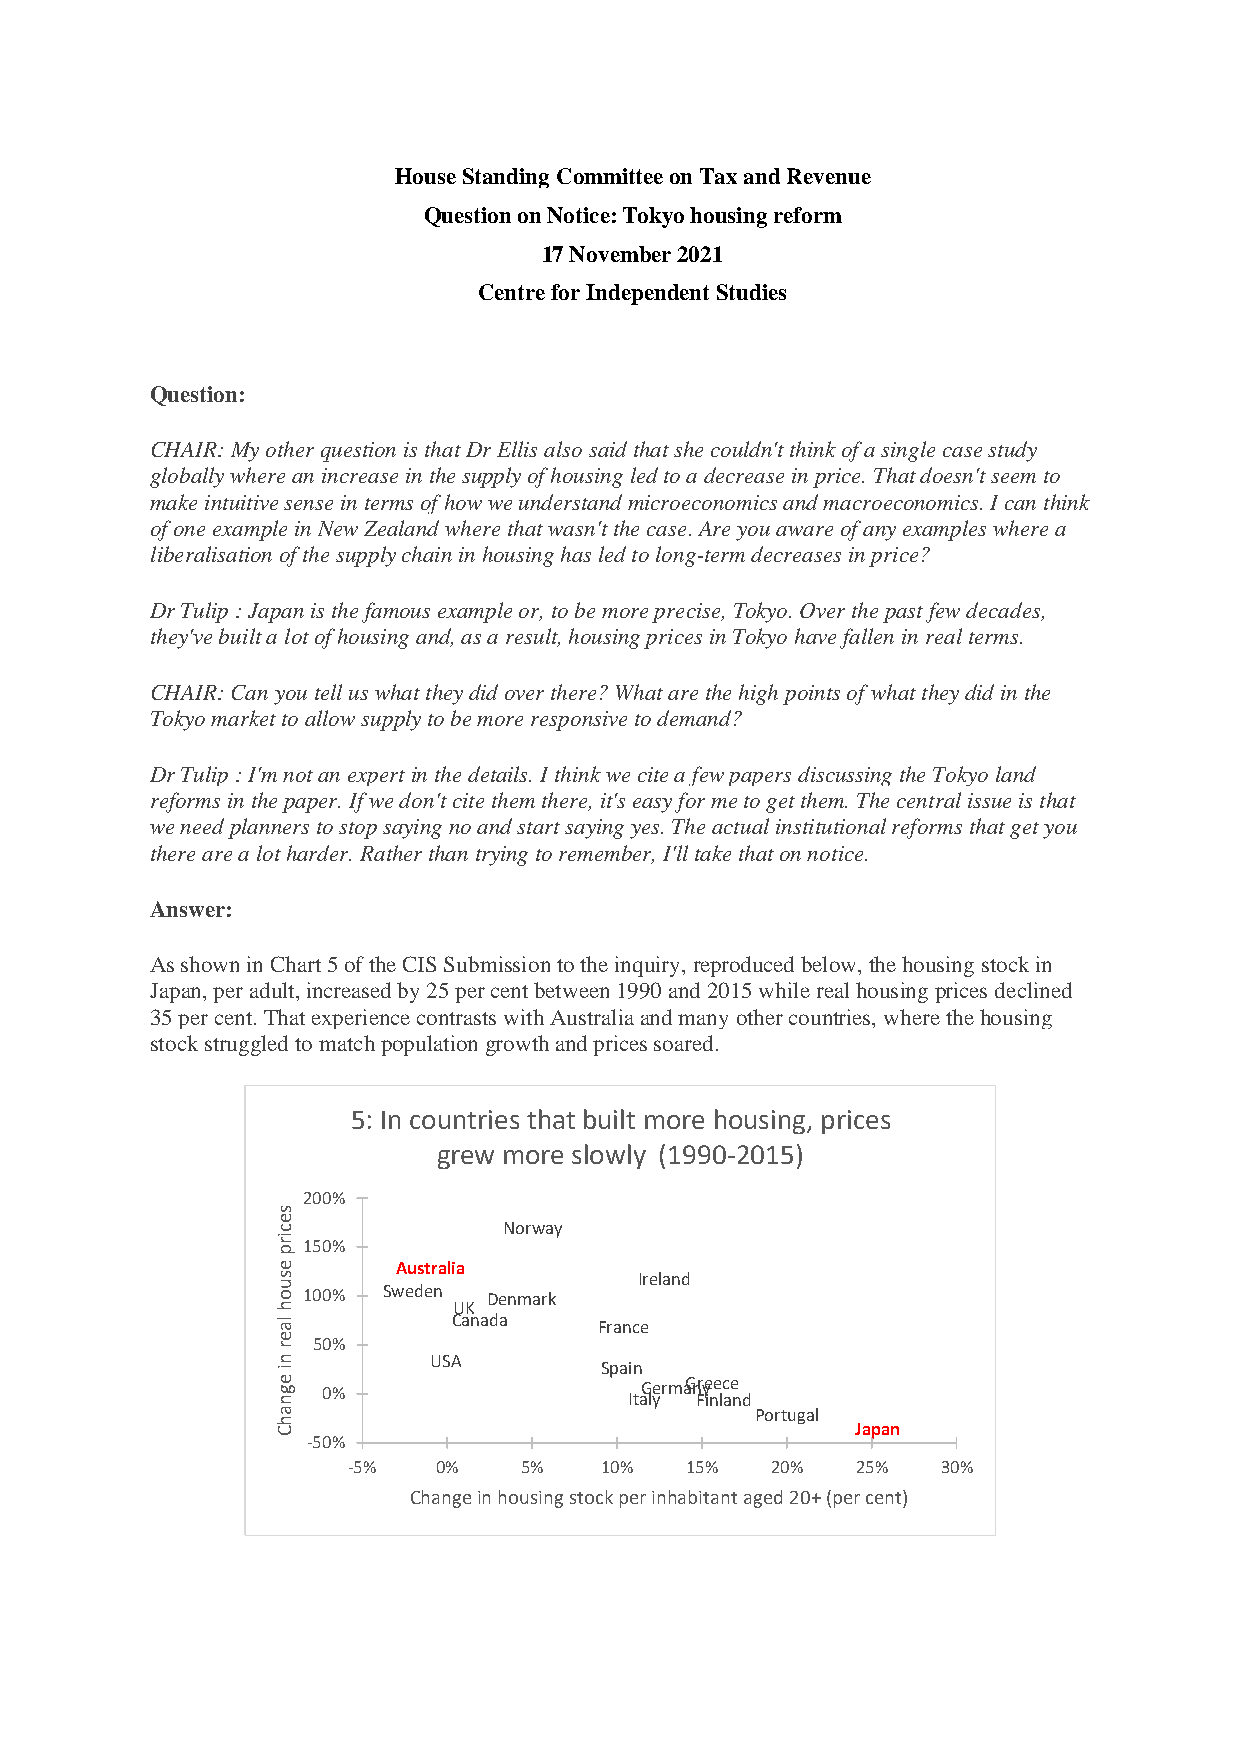
House Standing Committee on Tax and Revenue
 Question on Notice: Tokyo housing reform
 17 November 2021
 Centre for Independent Studies
 Question:
 CHAIR: My other question is that Dr Ellis also said that she couldn't think of a single case study
 globally where an increase in the supply of housing led to a decrease in price. That doesn't seem to
 make intuitive sense in terms of how we understand microeconomics and macroeconomics. I can think
 of one example in New Zealand where that wasn't the case. Are you aware of any examples where a
 liberalisation of the supply chain in housing has led to long-term decreases in price?
 Dr Tulip : Japan is the famous example or, to be more precise, Tokyo. Over the past few decades,
 they've built a lot of housing and, as a result, housing prices in Tokyo have fallen in real terms.
 CHAIR: Can you tell us what they did over there? What are the high points of what they did in the
 Tokyo market to allow supply to be more responsive to demand?
 Dr Tulip : I'm not an expert in the details. I think we cite a few papers discussing the Tokyo land
 reforms in the paper. If we don't cite them there, it's easy for me to get them. The central issue is that
 we need planners to stop saying no and start saying yes. The actual institutional reforms that get you
 there are a lot harder. Rather than trying to remember, I'll take that on notice.
 Answer:
 As shown in Chart 5 of the CIS Submission to the inquiry, reproduced below, the housing stock in
 Japan, per adult, increased by 25 per cent between 1990 and 2015 while real housing prices declined
 35 per cent. That experience contrasts with Australia and many other countries, where the housing
 stock struggled to match population growth and prices soared.
 5: In countries that built more housing, prices
 grew more slowly (1990-2015)
 200%
 s
 e
 c              Norway
 ir
 p 150%
 e       Australia
 s                       Ireland
 u o 100% Sweden Denmark
 h           UK
 la          Canada    France
 e r 50%
 n         USA
 i
 e g n 0%
 Spa Iin
 taG lyermaGn Frye ine lc ae nd
 a                               Portugal
 h C                                    Japan
 -50%
 -5%   0%   5%    10%  15%   20%   25%  30%
 Change in housing stock per inhabitant aged 20+ (per cent)